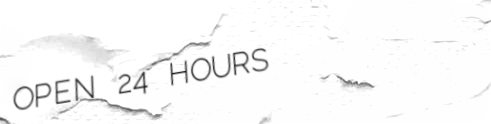
OPEN 24 HOURS